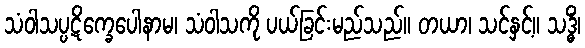
သံဝါသပ္ပဋိက္ခေပေါနာမ၊ သံဝါသကို ပယ်ခြင်းမည်သည်။ တယာ၊ သင်နှင့်။ သဒ္ဓိံ၊